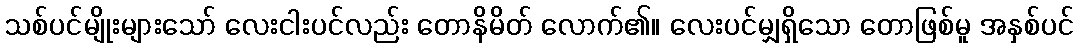
သစ်ပင်မျိုးများသော် လေးငါးပင်လည်း တောနိမိတ် လောက်၏။ လေးပင်မျှရှိသော တောဖြစ်မူ အနှစ်ပင်